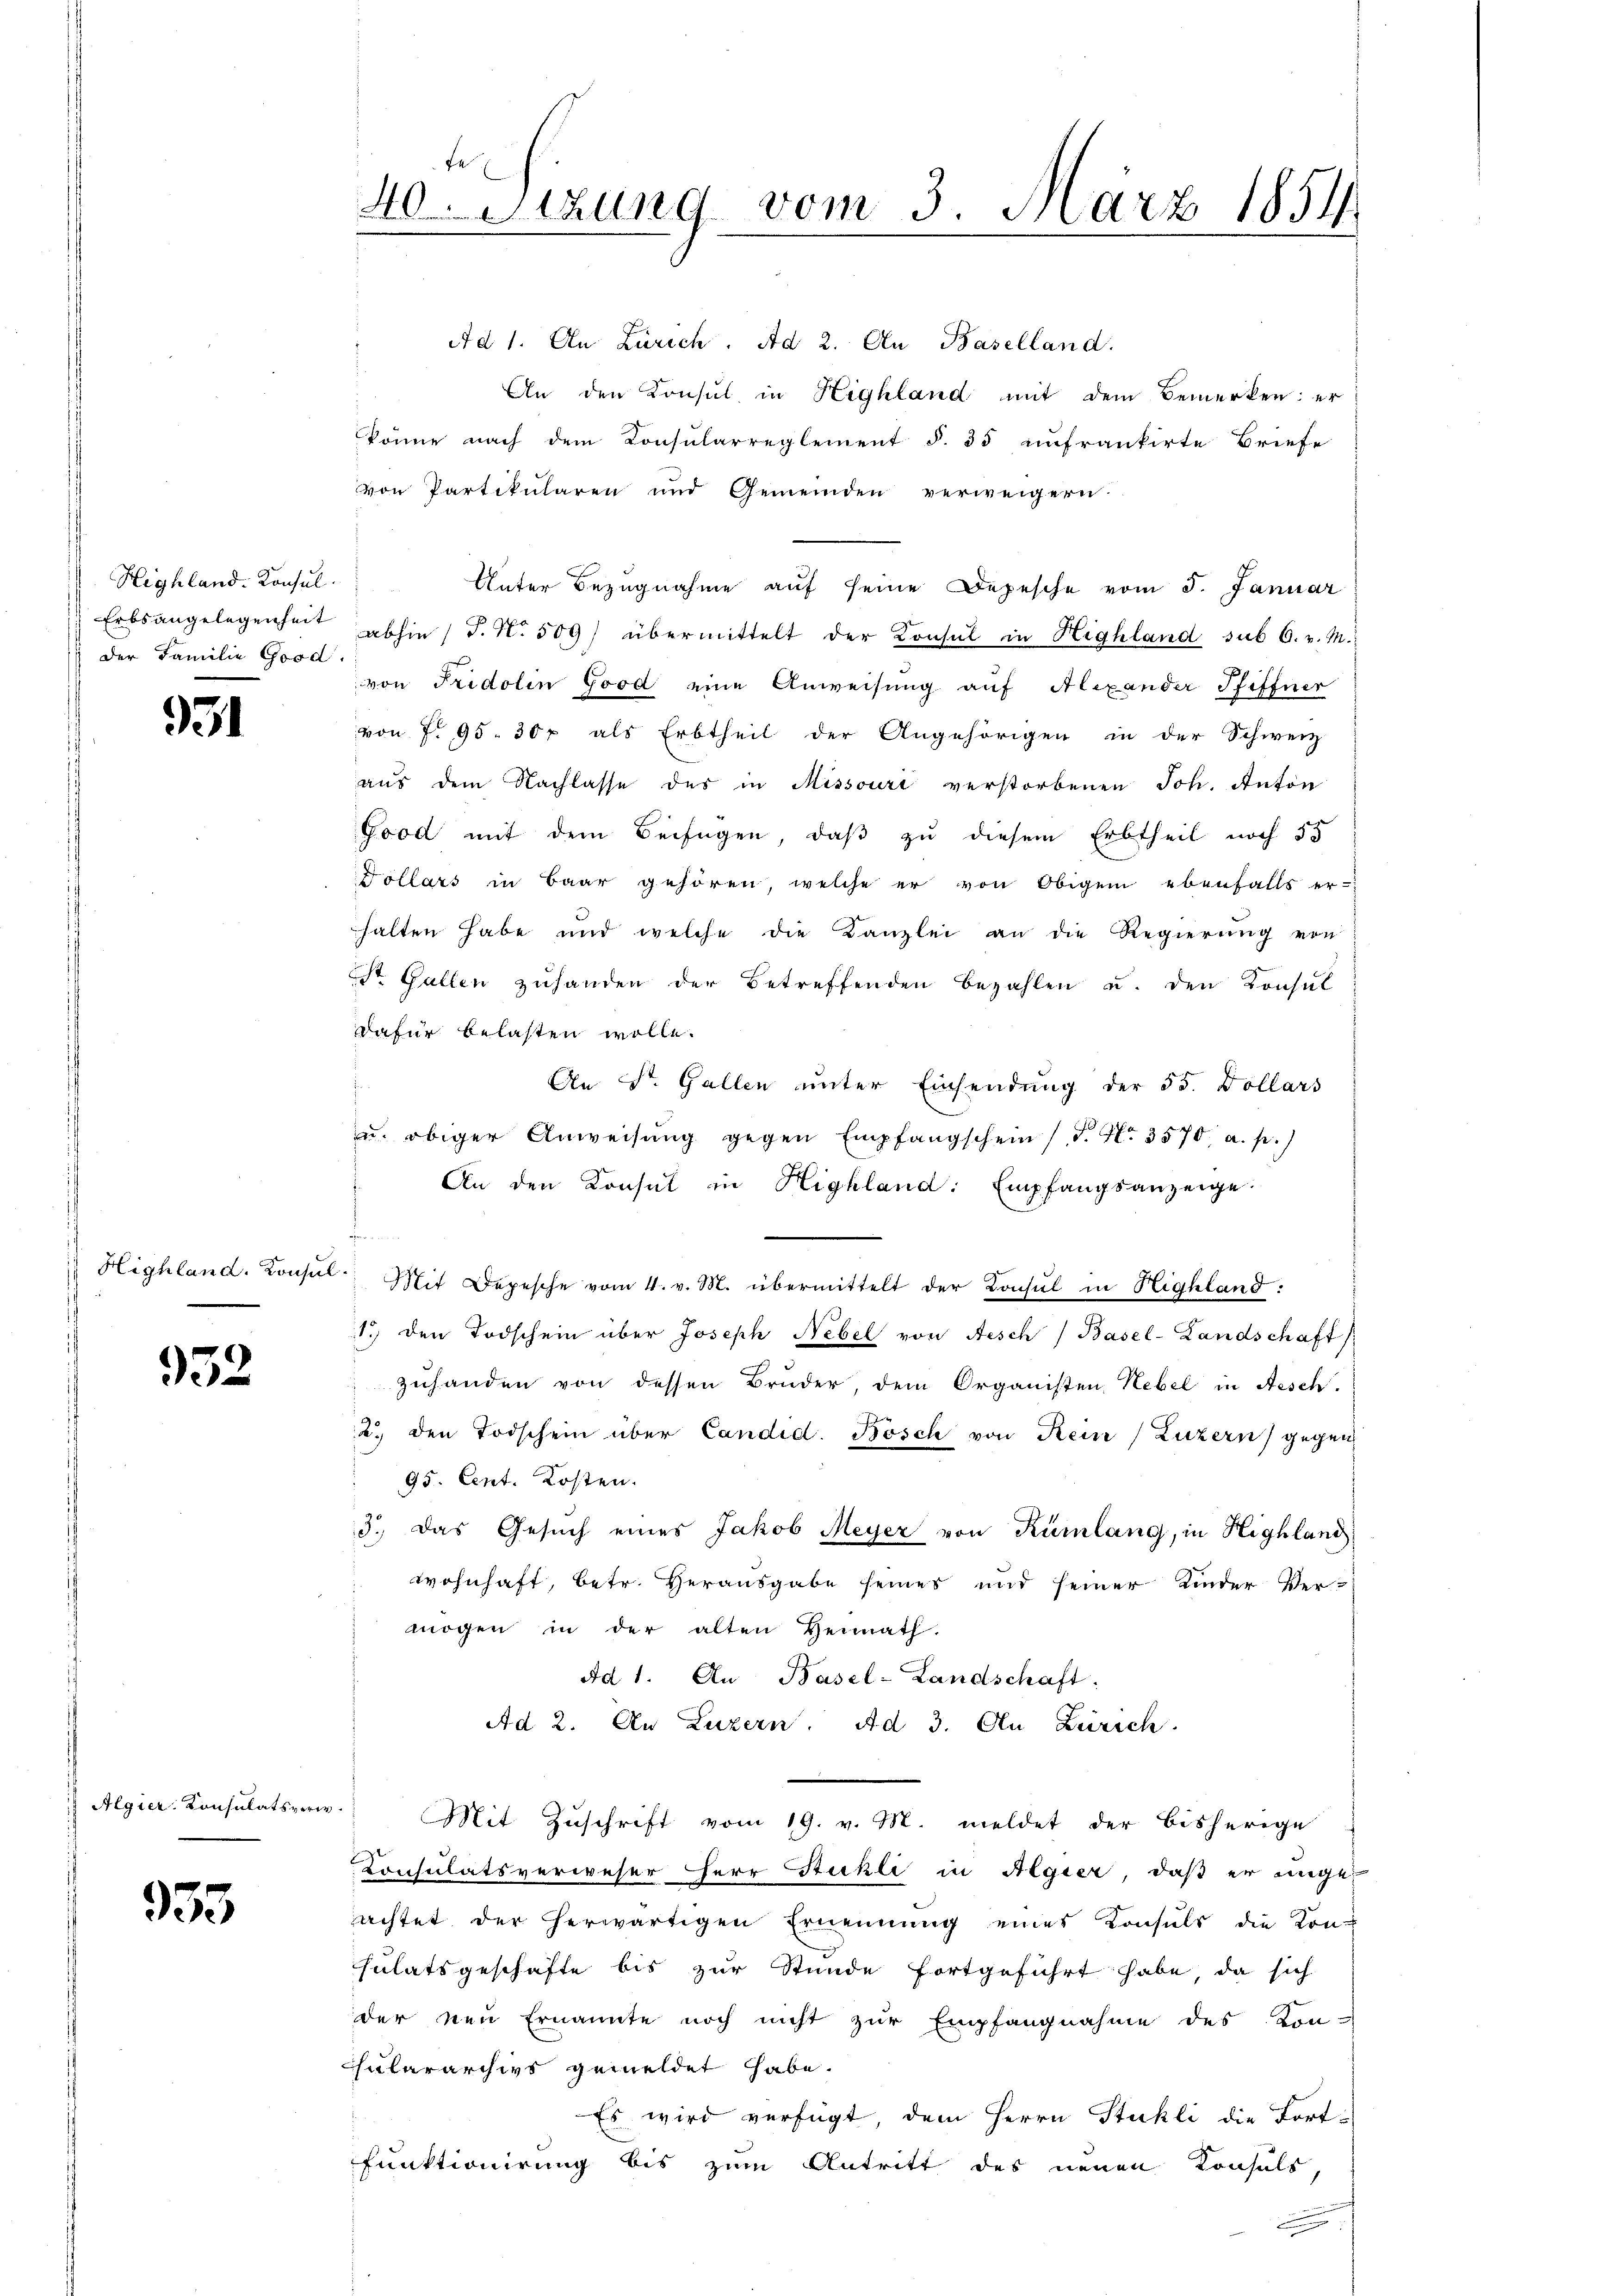
Highland. Konsul
der Familie Good

931

Highland. Konsul

952

Algier Konsulatsverw.

933

Ad 1. An Zürich. Ad 2. Au Baselland.
An den Konsul in Highland mit dem Bemerken: er
könne nach dem Consularreglement §. 35 unfrankirte Briefe
von Partikularen und Gemeinden verweigern.
Unter Bezugnahme auf seine Depesche vom 5. Januar
Erbsangelegenheit abhin 1 S. Nr. 509) übermittelt der Konsul in Highland sub 6. v. M.
von Fridolin Good eine Anweisung auf Alexander Pfiffner
von P. 95. 30 x als Erbtheil der Angehörigen in der Schweiz
aus dem Nachlasse des in Missouri verstorbenen Joh. Anton
Good mit dem Beifügen, daß zu diesem Erbtheil noch 55
Dollars in Baar gehören, welche er von Obigen ebenfalls er-
halten habe und welche die Kanzlei an die Regierŭng von
St. Gallen zuhanden der Betreffenden bezahlen u. den Konsul
dafür belasten wolle.
An St. Gallen unter Einsendung der 55. Dollars
.
zu obiger Anweisŭng gegen Empfangschein (T. No. 3570, a. p.)
An den Konsul in Highland: Empfangsanzeige:
F
.
Mit Depesche vom 4. v. M. übermittelt der Konsul in Highland.
1. den Todschein über Joseph Nebel von Aesch Basel-Landschaft
zuhanden von dessen Bruder, dem Organisten Nebel in Aesch.
2. den Todschein über Candid. Bösch von Kein (Luzern) gegen
95. Cent. Kosten.
3.) Das Gesuch eines Jakob Meyer von Rümlang, in Highland
wohnhaft, betr. Herausgabe seines und seiner Kinder Vermögen in der alten Heimath.
Ad 1. An Basel-Landschaft:
Ad 2. An Luzern. Ad 3. An Zürich
Mit Zuschrift vom 19. v. M. meldet der bisherige
Consulatsverweser Herr Ruhli in Algier, daß er unge
achtet der herwärtigen Ernennung eines Konsuls die Kon-
sulatsgeschäfte bis zur Stunde fortgeführt habe, da sich
der neu ernannte noch nicht zur Empfangnahme des Kenn
Chulararchivs gemeldet habe.
Es wird verfügt, dem Herrn Stuhli die Fort-
Funktionirung bis zum Antritt des neuen Konsuls

Fe
40. Sitzung vom 3. März 1854.